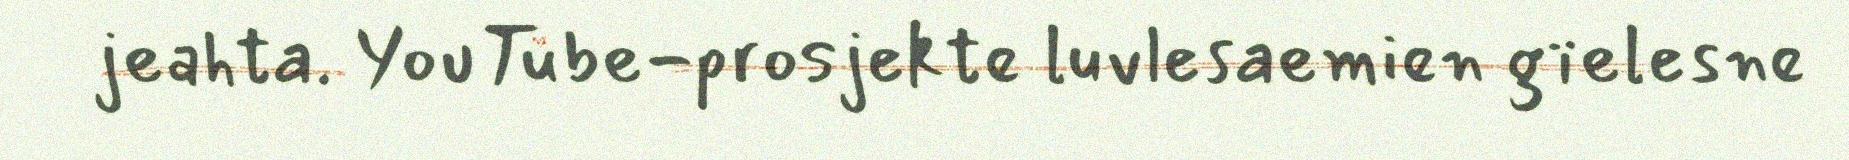
jeahta. YouTube-prosjekte luvlesaemien gïelesne